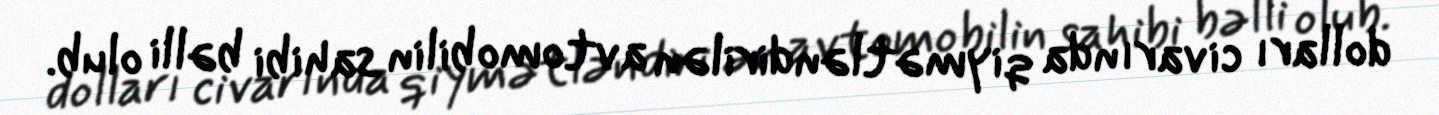
dolları civarında qiymətləndirilən avtomobilin sahibi bəlli olub.